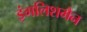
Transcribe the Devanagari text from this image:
इंगलिशमैन